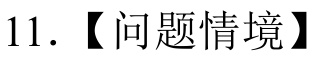
11.【问题情境】